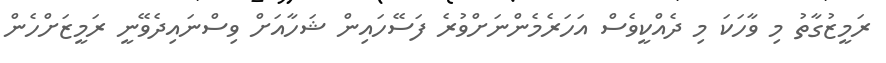
ރަމީޒުގާތު މި ވާހަކަ މި ދެއްކީވެސް އަހަރެމެންނަށްވުރެ ފަސޭހައިން ޝަހާއަށް ވިސްނައިދެވޭނީ ރަމީޒަށްހެން